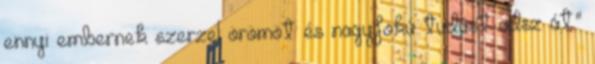
ennyi embernek szerzel örömöt és nagyfokú tudást adsz át."